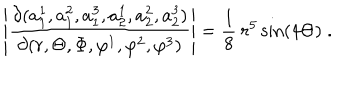
LaTeX: \left| \frac { \partial ( a _ { 1 } ^ { 1 } , a _ { 1 } ^ { 2 } , a _ { 1 } ^ { 3 } , a _ { 2 } ^ { 1 } , a _ { 2 } ^ { 2 } , a _ { 2 } ^ { 3 } ) } { \partial ( r , \Theta , \Phi , \varphi ^ { 1 } , \varphi ^ { 2 } , \varphi ^ { 3 } ) } \right| = \frac { 1 } { 8 } \: r ^ { 5 } \sin ( 4 \Theta ) \; .